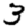
Digit: 3